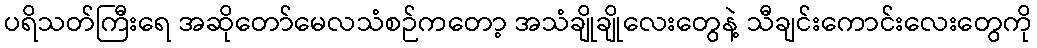
ပရိသတ်ကြီးရေ အဆိုတော်မေလသံစဉ်ကတော့ အသံချိုချိုလေးတွေနဲ့ သီချင်းကောင်းလေးတွေကို